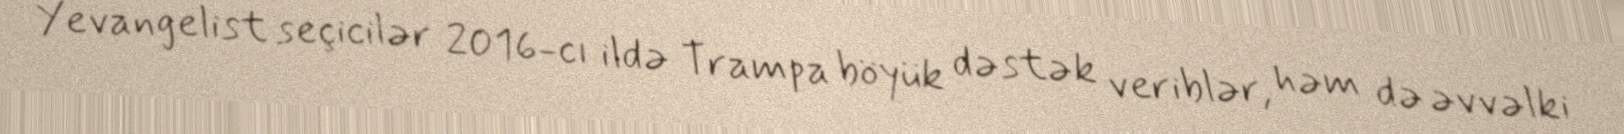
Yevangelist seçicilər 2016-cı ildə Trampa böyük dəstək veriblər, həm də əvvəlki